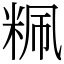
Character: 䊃